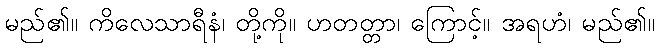
မည်၏။ ကိလေသာရီနံ၊ တို့ကို။ ဟတတ္တာ၊ ကြောင့်။ အရဟံ၊ မည်၏။